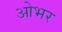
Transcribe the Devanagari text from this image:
ओभर